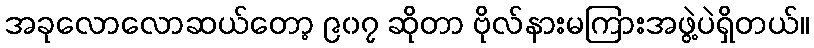
အခုလောလောဆယ်တော့ ၉၀၇ ဆိုတာ ဗိုလ်နားမကြားအဖွဲ့ပဲရှိတယ်။